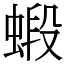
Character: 𧎚